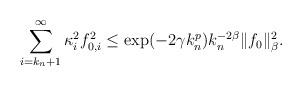
LaTeX: \begin{align*}\sum_{i=k_n+1}^\infty \kappa_i^2 f_{0,i}^2 \leq \exp(-2\gamma k_n^p)k_n^{-2\beta}\|f_0\|^2_\beta.\end{align*}